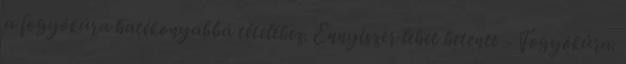
a fogyókúra hatékonyabbá tételéhez. Ennyiszer lehet hetente - Fogyókúra.